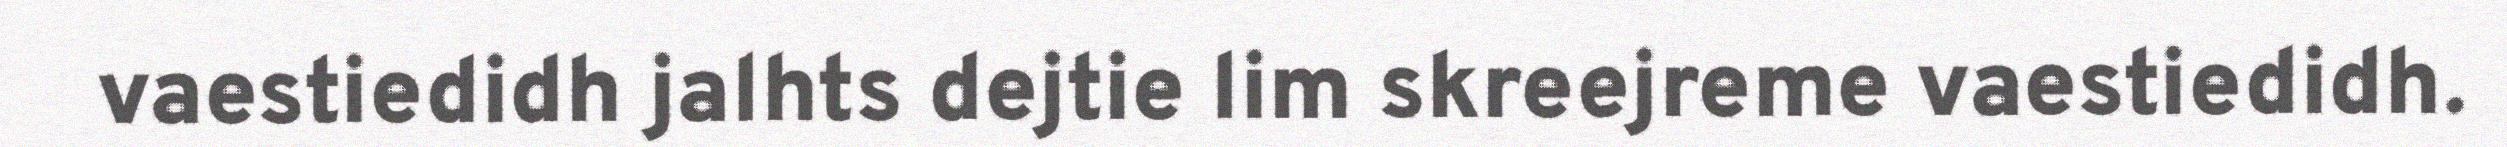
vaestiedidh jalhts dejtie lim skreejreme vaestiedidh.